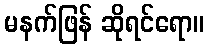
မနက်ဖြန် ဆိုရင်ရော။